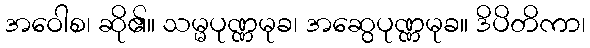
အဝေါစ၊ ဆို၏။ သမ္မပုဏ္ဏမုခ၊ အဆွေပုဏ္ဏမုခ။ ဒိပိတိကာ၊